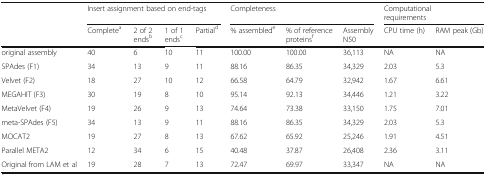
<table><thead><tr><td></td><td colspan="4"><b>Insert assignment based on end-tags</b></td><td colspan="3"><b>Completeness</b></td><td colspan="2"><b>Computational requirements</b></td></tr><tr><td></td><td><b>Complete<sup>a</sup></b></td><td><b>2 of 2 ends<sup>b</sup></b></td><td><b>1 of 1 ends<sup>c</sup></b></td><td><b>Partial<sup>d</sup></b></td><td><b>% assembled<sup>e</sup></b></td><td><b>% of reference proteins<sup>f</sup></b></td><td><b>Assembly N50</b></td><td><b>CPU time (h)</b></td><td><b>RAM peak (Gb)</b></td></tr></thead><tbody><tr><td>original assembly</td><td>40</td><td>6</td><td>10</td><td>11</td><td>100.00</td><td>100.00</td><td>36,113</td><td>NA</td><td>NA</td></tr><tr><td>SPAdes (F1)</td><td>34</td><td>13</td><td>9</td><td>11</td><td>88.16</td><td>86.35</td><td>34,329</td><td>2.03</td><td>5.3</td></tr><tr><td>Velvet (F2)</td><td>18</td><td>27</td><td>10</td><td>12</td><td>66.58</td><td>64.79</td><td>32,942</td><td>1.67</td><td>6.61</td></tr><tr><td>MEGAHIT (F3)</td><td>30</td><td>19</td><td>8</td><td>10</td><td>95.14</td><td>92.13</td><td>34,446</td><td>1.21</td><td>3.22</td></tr><tr><td>MetaVelvet (F4)</td><td>19</td><td>26</td><td>9</td><td>13</td><td>74.64</td><td>73.38</td><td>33,150</td><td>1.75</td><td>7.01</td></tr><tr><td>meta-SPAdes (F5)</td><td>34</td><td>13</td><td>9</td><td>11</td><td>88.16</td><td>86.35</td><td>34,329</td><td>2.03</td><td>5.3</td></tr><tr><td>MOCAT2</td><td>19</td><td>27</td><td>8</td><td>13</td><td>67.62</td><td>65.92</td><td>25,246</td><td>1.91</td><td>4.51</td></tr><tr><td>Parallel META2</td><td>12</td><td>34</td><td>6</td><td>15</td><td>40.48</td><td>37.87</td><td>26,408</td><td>2.36</td><td>3.11</td></tr><tr><td>Original from LAM et al</td><td>19</td><td>28</td><td>7</td><td>13</td><td>72.47</td><td>69.97</td><td>33,347</td><td>NA</td><td>NA</td></tr></tbody></table>